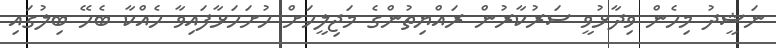
ނަޝީދު މިހެން ވިދާޅުވީ ސަރުކާރުން ރައްޔިތުންގެ މަޖިލީހަށް ހުށަހަޅާފައިވާ ހެއްކާ ބެހޭ ބިލުގައި